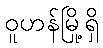
ဝူဟန်မြို့ရှိ